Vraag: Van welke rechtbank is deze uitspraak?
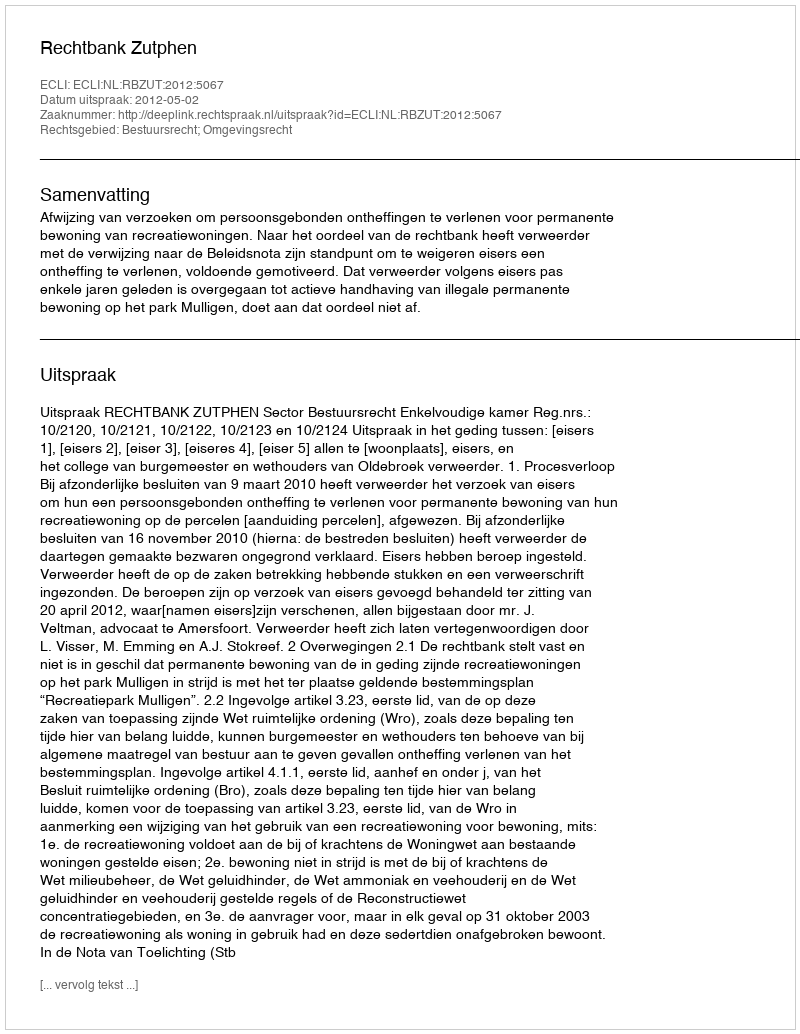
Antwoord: Rechtbank Zutphen